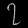
Digit: ၇